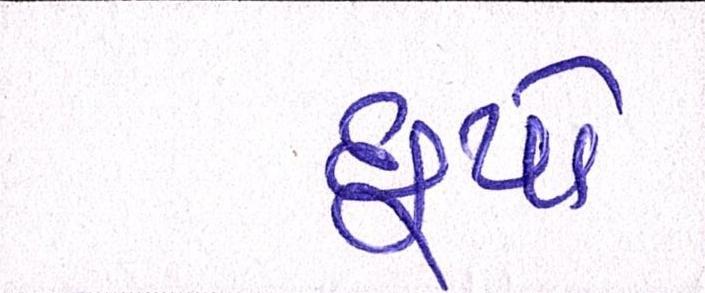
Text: છૂપો